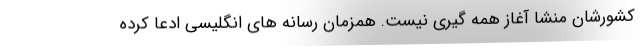
کشورشان منشا آغاز همه گیری نیست. همزمان رسانه های انگلیسی ادعا کرده